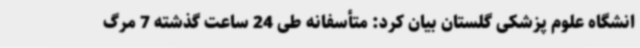
انشگاه علوم پزشکی گلستان بیان کرد: متأسفانه طی 24 ساعت گذشته 7 مرگ